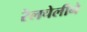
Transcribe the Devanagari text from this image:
रेलचेलीने